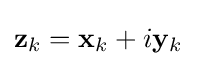
\mathbf {z} _{k}=\mathbf {x} _{k}+i\mathbf {y} _{k}